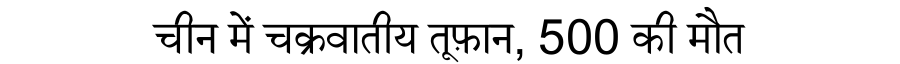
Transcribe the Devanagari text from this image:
चीन में चक्रवातीय तूफ़ान, 500 की मौत